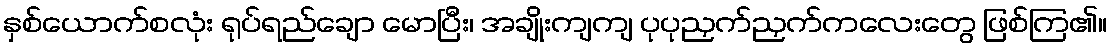
နှစ်ယောက်စလုံး ရုပ်ရည်ချော မောပြီး၊ အချိုးကျကျ ပုပုညှက်ညှက်ကလေးတွေ ဖြစ်ကြ၏။